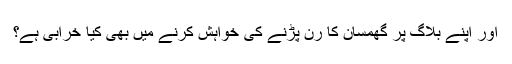
اور اپنے بلاگ پر گھمسان کا رن پڑنے کی خواہش کرنے میں بھی کیا خرابی ہے؟